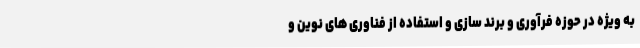
به ویژه در حوزه فرآوری و برند سازی و استفاده از فناوری های نوین و